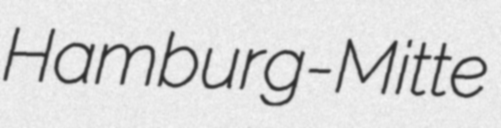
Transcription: Hamburg-Mitte